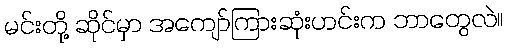
မင်းတို့ ဆိုင်မှာ အကျော်ကြားဆုံးဟင်းက ဘာတွေလဲ။